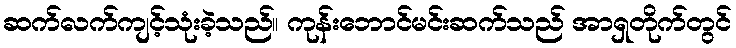
ဆက်လက်ကျင့်သုံးခဲ့သည်။ ကုန်းဘောင်မင်းဆက်သည် အာရှတိုက်တွင်